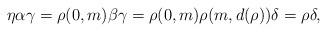
LaTeX: \begin{align*}\eta\alpha\gamma=\rho(0,m)\beta\gamma=\rho(0,m)\rho(m,d(\rho))\delta=\rho\delta,\end{align*}